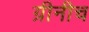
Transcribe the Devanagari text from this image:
ग्रीनीच